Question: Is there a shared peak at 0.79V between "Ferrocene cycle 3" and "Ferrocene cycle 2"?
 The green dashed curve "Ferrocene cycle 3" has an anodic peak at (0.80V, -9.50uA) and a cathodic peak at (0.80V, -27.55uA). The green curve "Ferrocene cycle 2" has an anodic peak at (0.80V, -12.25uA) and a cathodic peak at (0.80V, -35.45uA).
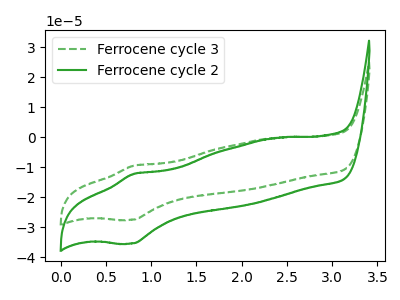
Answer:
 <answer>Yes, "Ferrocene cycle 3" and "Ferrocene cycle 2" share a peak at 0.79V.</answer>
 <eval>match</eval>